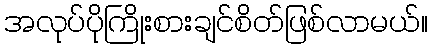
အလုပ်ပိုကြိုးစားချင်စိတ်ဖြစ်လာမယ်။